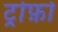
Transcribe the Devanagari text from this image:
ट्रोफ़ो